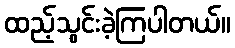
ထည့်သွင်းခဲ့ကြပါတယ်။